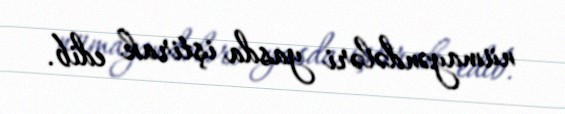
nümayəndələri yasda iştirak edib.